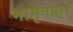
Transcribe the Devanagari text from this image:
मामृतात्॥